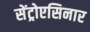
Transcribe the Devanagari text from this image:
सेंट्रोएसिनार